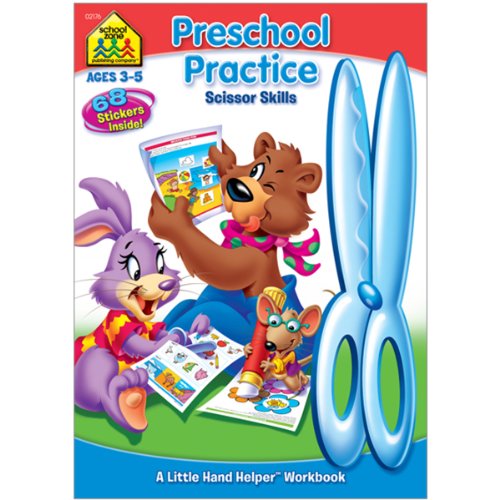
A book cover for Preschool Practice Scissor Skills (Ages 3-5); Joan Hoffman; Children's Books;